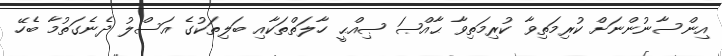
އިންސާނުންނަށް ކުރިމަތިވާ ކުރިމަތިވާ ޙާއްޞަ ޞިއްޙީ ހާލަތްތަކާއި ބަލިތަކުގެ އަސްލު ދެނެގަތުމާ ބެހޭ